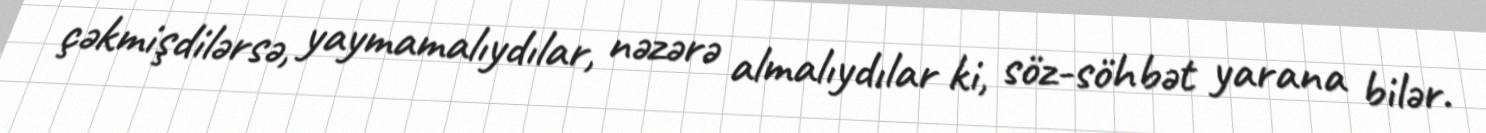
çəkmişdilərsə, yaymamalıydılar, nəzərə almalıydılar ki, söz-söhbət yarana bilər.